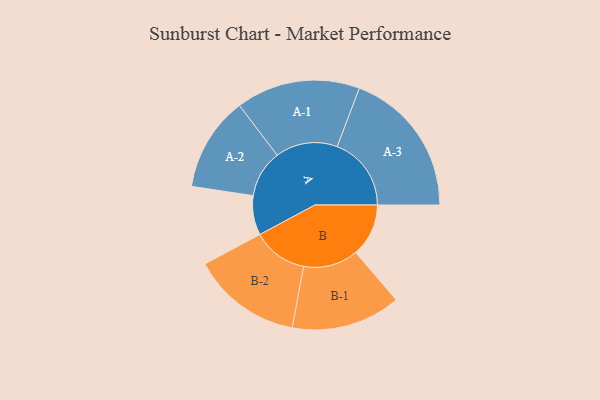
{"axis": {"x": "Segment", "y": "Value"}, "legend": ["", "A", "B"], "data": [{"x": "A", "y": 154, "type": ""}, {"x": "B", "y": 207, "type": ""}, {"x": "A-1", "y": 243, "type": "A"}, {"x": "A-2", "y": 185, "type": "A"}, {"x": "A-3", "y": 290, "type": "A"}, {"x": "B-1", "y": 214, "type": "B"}, {"x": "B-2", "y": 215, "type": "B"}]}